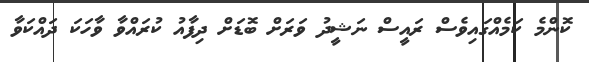
ކޮންމެ ކަމެއްގައިވެސް ރައީސް ނަޝީދު ވަރަށް ބޮޑަށް ދިފާއު ކުރައްވާ ވާހަކަ ދައްކަވާ